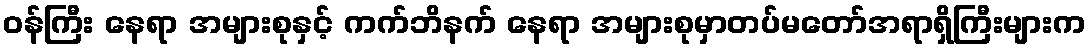
ဝန်ကြီး နေရာ အများစုနှင့် ကက်ဘိနက် နေရာ အများစုမှာတပ်မတော်အရာရှိကြီးများက